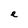
Character: e